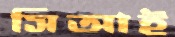
সিআই